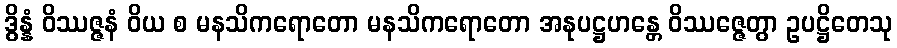
ဒွိန္နံ ဝိဿဇ္ဇနံ ဝိယ စ မနသိကရောတော မနသိကရောတော အနုပဋ္ဌဟန္တေ ဝိဿဇ္ဇေတွာ ဥပဋ္ဌိတေသု